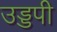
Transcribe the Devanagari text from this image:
उड्डपी